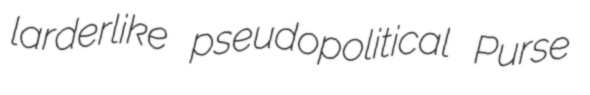
larderlike pseudopolitical Purse